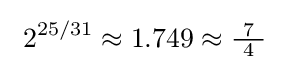
\ 2^{25/31}\approx 1.749\approx {\tfrac {7}{\ 4\ }}